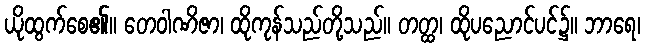
ယိုထွက်စေ၏။ တေဝါဏိဇာ၊ ထိုကုန်သည်တို့သည်။ တတ္ထ၊ ထိုပညောင်ပင်၌။ ဘာရေ၊